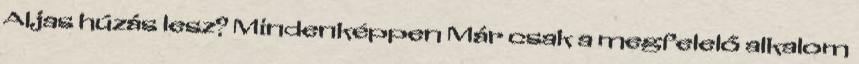
Aljas húzás lesz? Mindenképpen Már csak a megfelelő alkalom